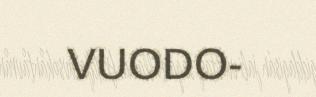
VUODO-